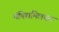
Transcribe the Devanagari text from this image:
मॅक्सिमिलयन